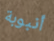
أنبوبة